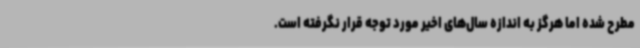
مطرح شده اما هرگز به اندازه سال‌های اخیر مورد توجه قرار نگرفته است.